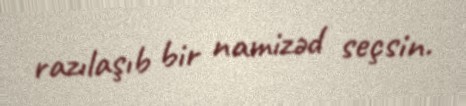
razılaşıb bir namizəd seçsin.